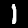
Label: 1